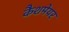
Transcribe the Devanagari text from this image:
कैशमेयर